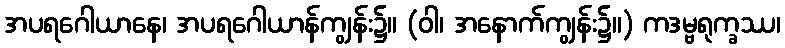
အပရဂေါယာနေ၊ အပရဂေါယာန်ကျွန်း၌။ (ဝါ၊ အနောက်ကျွန်း၌။) ကဒမ္ဗရုက္ခဿ၊